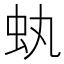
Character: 𧈮